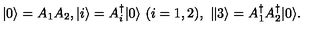
| 0 \rangle = { { A } } _ { 1 } { { A } } _ { 2 } , | i \rangle = { A } _ { i } ^ { \dagger } | 0 \rangle \ ( { i } = 1 , 2 ) , \ \| 3 \rangle = { A } _ { 1 } ^ { \dagger } { A } _ { 2 } ^ { \dagger } | 0 \rangle .